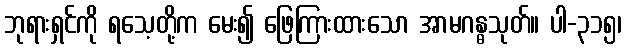
ဘုရားရှင်ကို ရသေ့တို့က မေး၍ ဖြေကြားထားသော အာမဂန္ဓသုတ်။ ပါ-၃၁၅၊